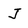
Character: J